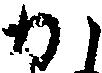
か